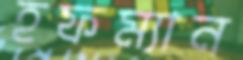
হফম্যান